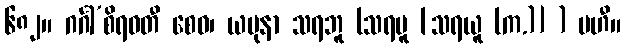
၆၈၂။ ဂင်္ဂါ’စိရဝတီ စေဝ၊ ယမုနာ သရဘူ (သရဗူ [သရယူ (က.)] ) မဟီ။